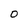
Character: 0